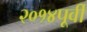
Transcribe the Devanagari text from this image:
२०१४पूर्वी